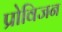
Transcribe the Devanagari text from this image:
प्रोविजन